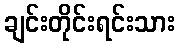
ချင်းတိုင်းရင်းသား